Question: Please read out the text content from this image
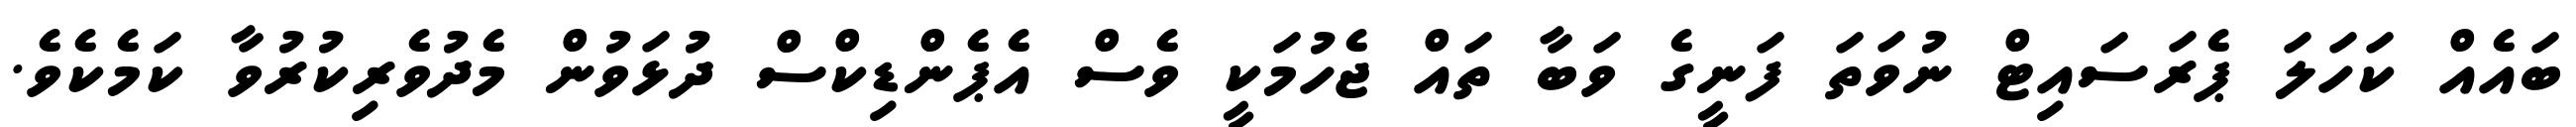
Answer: ބައެއް ކަހަލަ ޕެރަސައިޓް ނުވަތަ ފަނީގެ ވަބާ ތައް ޖެހުމަކީ ވެސް އެޕެންޑިކްސް ދުޅަވުން މެދުވެރިކުރުވާ ކަމެކެވެ.